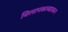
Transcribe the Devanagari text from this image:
विलापकाव्यावरून